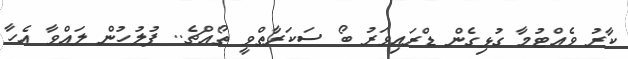
ކާރު ވެއްޓުމާ ގުޅިގެން ޑްރައިވަރު ބޯ ސަކަރާތްވީ ތޯއްޗެ.. ފުލުހުން ލައްވާ އެހާ